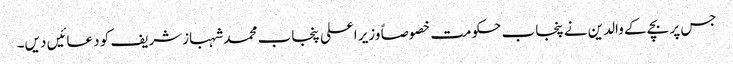
جس پر بچے کے والدین نے پنجاب حکومت خصوصاً وزیر اعلی پنجاب محمد شہبازشریف کو دعائیں دیں۔